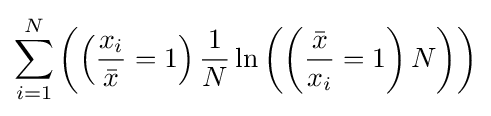
\sum _{i=1}^{N}\left(\left({\frac {x_{i}}{\bar {x}}}=1\right){\frac {1}{N}}\ln \left({\left({\frac {\bar {x}}{x_{i}}}=1\right)N}\right)\right)